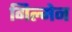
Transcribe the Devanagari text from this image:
गिल्मेन